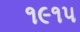
૧૯૧૫